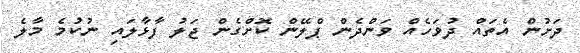
ދަށުން އެތައް ދުވަހެއް ވަންދެން ޕްލޭން ކޮށްގެން ޖަލު ފާޅާލައި ނުކުމެ މާލެ